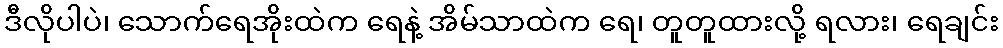
ဒီလိုပါပဲ၊ သောက်ရေအိုးထဲက ရေနဲ့ အိမ်သာထဲက ရေ၊ တူတူထားလို့ ရလား၊ ရေချင်း